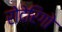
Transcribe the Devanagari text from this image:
रोदेरिगो